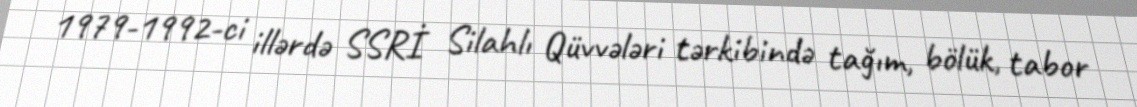
1979-1992-ci illərdə SSRİ Silahlı Qüvvələri tərkibində tağım, bölük, tabor